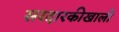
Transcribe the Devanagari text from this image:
सरदारकीखाली